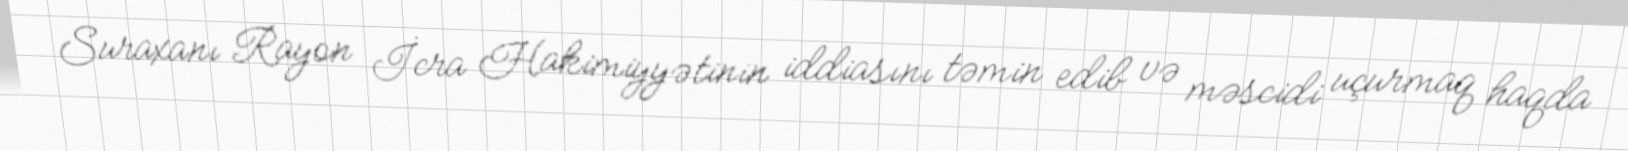
Suraxanı Rayon İcra Hakimiyyətinin iddiasını təmin edib və məscidi uçurmaq haqda